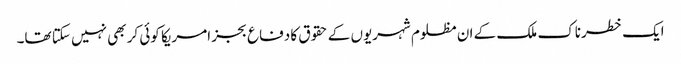
ایک خطرناک ملک کے ان مظلوم شہریوں کے حقوق کا دفاع بجز امریکا کوئی کر بھی نہیں سکتا تھا۔